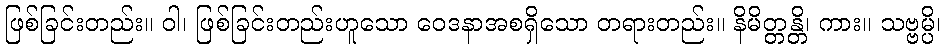
ဖြစ်ခြင်းတည်း။ ဝါ၊ ဖြစ်ခြင်းတည်းဟူသော ဝေဒနာအစရှိသော တရားတည်း။ နိမိတ္တန္တိ၊ ကား။ သဗ္ဗမ္ပိ၊